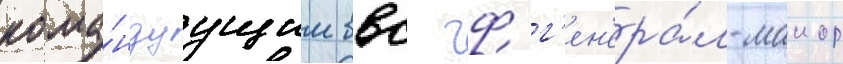
кома́ндуущим ввс чф г'ен'ера́л-маиор